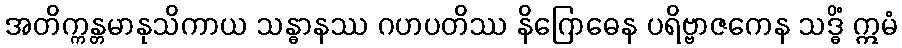
အတိက္ကန္တမာနုသိကာယ သန္ဓာနဿ ဂဟပတိဿ နိဂြောဓေန ပရိဗ္ဗာဇကေန သဒ္ဓိံ ဣမံ